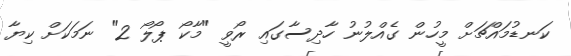
ކަނޑުމައްޗަށް މީހުން ގެއްލުނު ހާދިސާގައި ރޯވީ "މާކޯ ޕޯލޯ 2" ނަމަކަށް ކިޔާ